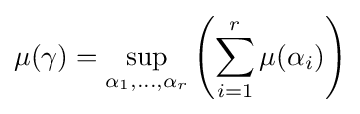
\mu (\gamma )=\sup _{\alpha _{1},\ldots ,\alpha _{r}}\left(\sum _{i=1}^{r}\mu (\alpha _{i})\right)